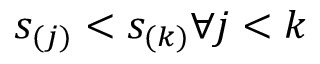
s _ { ( j ) } < s _ { ( k ) } \forall j < k